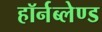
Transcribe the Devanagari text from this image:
हॉर्नब्लेण्ड